Annual report on the working of the Harcourt Butler Institute of Public Health, Rangoon
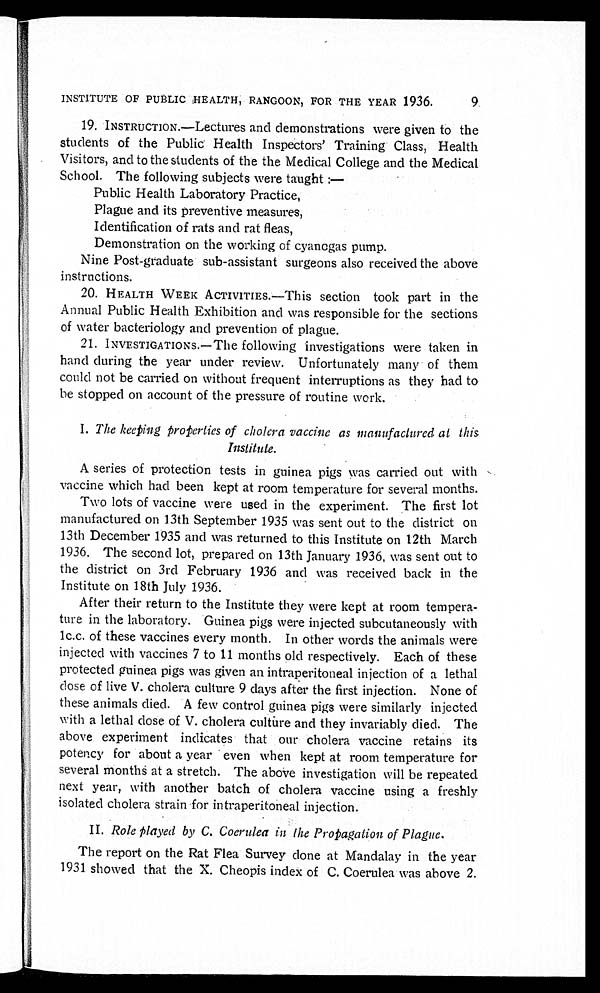
INSTITUTE OF PUBLIC HEALTH, RANGOON, FOR THE YEAR 1936. 9
19. INSTRUCTION.—Lectures and demonstrations were given to the
students of the Public Health Inspectors' Training Class, Health
Visitors, and to the students of the the Medical College and the Medical
School. The following subjects were taught
: —
Public Health Laboratory Practice,
Plague and its preventive measures,
Identification of rats and rat fleas,
Demonstration on the working of cyanogas pump.
Nine Post-graduate sub-assistant surgeons also received the above
instructions.
20. HEALTH WEEK ACTIVITIES.—This section took part in the
Annual Public Health Exhibition and was responsible for the sections
of water bacteriology and prevention of plague.
21. INVESTIGATIONS.—The following investigations were taken in
hand during the year under review. Unfortunately many of them
could not be carried on without frequent interruptions as they had to
be stopped on account of the pressure of routine work.
I. The keeping properties of cholera vaccine as manufactured at this
Institute.
A series of protection tests in guinea pigs was carried out with
vaccine which had been kept at room temperature for several months.
Two lots of vaccine were used in the experiment. The first lot
manufactured on 13th September 1935 was sent out to the district on
13th December 1935 and was returned to this Institute on 12th March
1936. The second lot, prepared on 13th January 1936, was sent out to
the district on 3rd February 1936 and was received back in the
Institute on 18th July 1936.
After their return to the Institute they were kept at room tempera--
ture in the laboratory. Guinea pigs were injected subcutaneously with
1c.c. of these vaccines every month. In other words the animals were.
injected with vaccines 7 to 11 months old respectively. Each of these
protected guinea pigs was given an intraperitoneal injection of a lethal
dose of live V. cholera culture 9 days after the first injection. None of
these animals died. A few control guinea pigs were similarly injected
with a lethal dose of V. cholera culture and they invariably died. The
above experiment indicates that our cholera vaccine retains its
potency for about a year even when kept at room temperature for
several months at a stretch. The above investigation will be repeated
next year, with another batch of cholera vaccine using a freshly
isolated cholera strain for intraperitoneal injection.
II. Role Played by C. Coerulea in the Propagation of Plague.
The report on the Rat Flea Survey done at Mandalay in the year.
1931 showed that the X. Cheopis index of C. Coerulea was above 2.